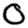
Digit: 0